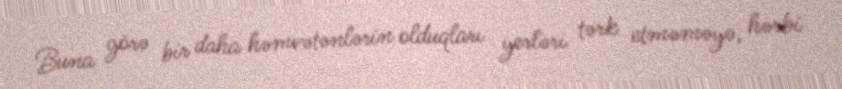
Buna görə bir daha həmvətənlərin olduqları yerləri tərk etməməyə, hərbi